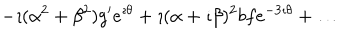
- \imath ( \alpha ^ { 2 } + \beta ^ { 2 } ) g ^ { \prime } e ^ { \imath \theta } + \imath ( \alpha + \imath \beta ) ^ { 2 } b f e ^ { - 3 \imath \theta } + \ldots